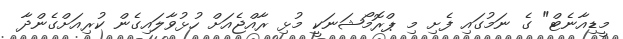
މީޑިއާނެޓް" ގެ ނަމުގައި ފެށި މި ޕްރޮމޯޝަނަކީ މުޅި ރާއްޖެއަށް ހުޅުވާލައިގެން ކުރިއަށްގެންދާ